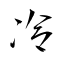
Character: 冷